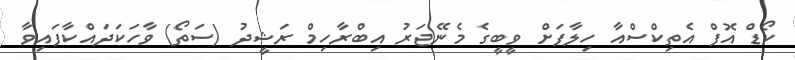
ކޯޑް އޮފް އެތިކްސްއާ ހިލާފަށް ވީބީގެ މެނޭޖަރު އިބްރާހިމް ރަޝީދު (ސަތޯ) ވާހަކަދައްކާފައިވާ